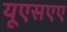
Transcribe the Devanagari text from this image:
यूएसएए